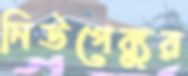
নিউগেব্যুর